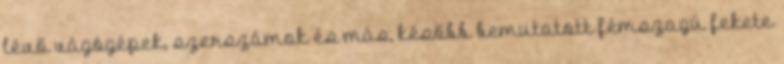
lévő vágógépek, szerszámok és más, később bemutatott fémszagú fekete